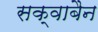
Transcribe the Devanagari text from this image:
सक्वाबैन